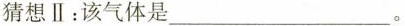
猜想Ⅱ：该气体是___。